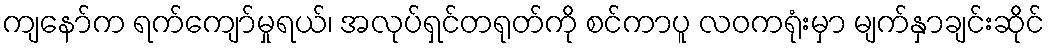
ကျနော်က ရက်ကျော်မှုရယ်၊ အလုပ်ရှင်တရုတ်ကို စင်ကာပူ လဝကရုံးမှာ မျက်နှာချင်းဆိုင်